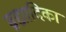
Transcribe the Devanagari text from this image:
ब्रह्मादिका